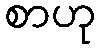
စာဟု